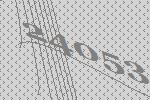
24053